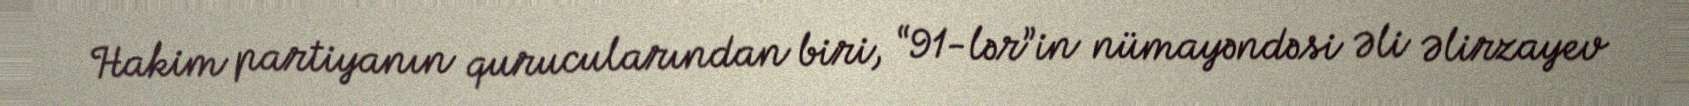
Hakim partiyanın qurucularından biri, “91-lər”in nümayəndəsi Əli Əlirzayev